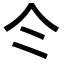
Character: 仒